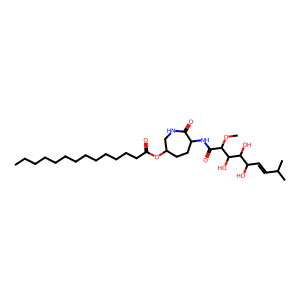
SMILES: CCCCCCCCCCCCCC(=O)OC1CCC(NC(=O)C(OC)C(O)C(O)C(O)C=CC(C)C)C(=O)NC1
Inhibits HIV replication: No